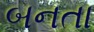
બનતા